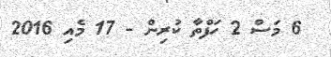
6 މަސް 2 ހަފްތާ ކުރިން - 17 މެއި 2016